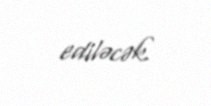
ediləcək.